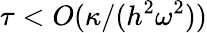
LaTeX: \tau<O(\kappa/(h^{2}\omega^{2}))